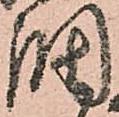
調